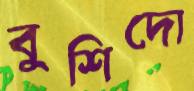
বুশিদো